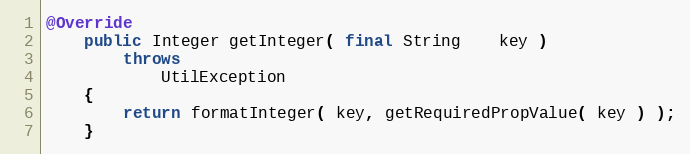
Language: Java
@Override
    public Integer getInteger( final String    key )
        throws
            UtilException
    {
        return formatInteger( key, getRequiredPropValue( key ) );
    }